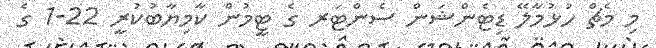
މި މެޗް ހުޅުމާލޭ ޑިޓެންޝަން ސެންޓަރ ގެ ޓީމުން ކާމިޔާބުކުރީ 22-1 ގެ